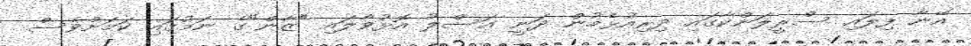
އޭނާ ފިލައި ސްރީލަންކާގައި ދިރިއުޅެމުން ދަނީ އަސްލު އޮޅުވާލައި "ޒާން"ގެ ނަމުގައި ކަމަށްވެސް